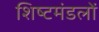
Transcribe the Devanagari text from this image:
शिष्‍टमंडलों